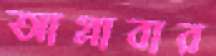
আগ্‌লাবার